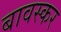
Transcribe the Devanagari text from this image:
बावस्कर